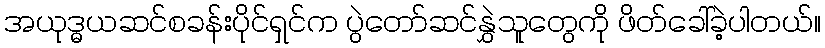
အယုဒ္ဓယဆင်စခန်းပိုင်ရှင်က ပွဲတော်ဆင်နွှဲသူတွေကို ဖိတ်ခေါ်ခဲ့ပါတယ်။